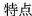
特点